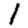
Digit: 1